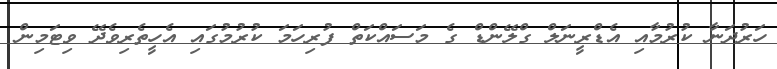
ހަރުދަނާ ކުރުމާއި އެޑްރީނަލް ގްލޭންޑް ގެ މަސައްކަތް ފުރިހަމަ ކުރުމުގައި އެހީތެރިވެދޭ ވިޓަމިން